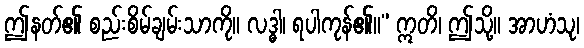
ဤနတ်၏ စည်းစိမ်ချမ်းသာကို။ လဒ္ဓါ၊ ရပါကုန်၏။” ဣတိ၊ ဤသို့။ အာဟံသု၊